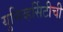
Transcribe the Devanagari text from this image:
युनिव्हर्सिटीची